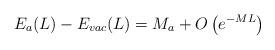
LaTeX: \begin{align*}E_{a}(L)-E_{vac}(L)=M_{a}+O\left( e^{-ML}\right) \end{align*}